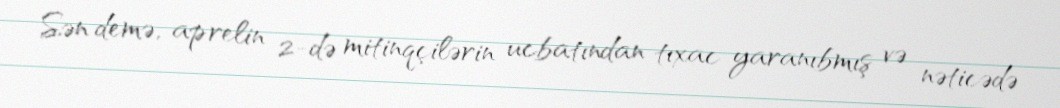
Sən demə, aprelin 2-də mitinqçilərin ucbatından tıxac yaranıbmış və nəticədə